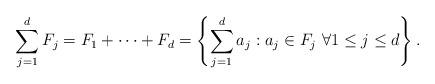
LaTeX: \begin{align*} \sum_{j=1}^d F_j = F_1 + \cdots + F_d = \left\{ \sum_{j=1}^d a_j : a_j \in F_j \ \forall 1 \le j \le d \right\}.\end{align*}